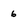
Character: 6